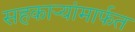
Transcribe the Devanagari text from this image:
सहकाऱ्यांमार्फत